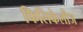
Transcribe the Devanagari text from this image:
फिलिकेलीज